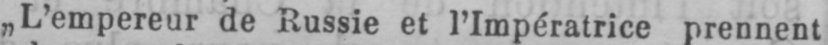
„L’empereur de Russie et l’Impératrice prennent